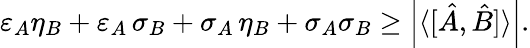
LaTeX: \varepsilon_{A}\eta_{B}+\varepsilon_{A}\, \sigma_{B}+\sigma_{A}\, \eta_{B}+\sigma_{A}\sigma_{B}\geq\left|\langle[{\hat{A}},{\hat{B}}]\rangle\right|.